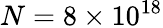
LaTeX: N=8\times 10^{18}